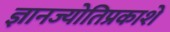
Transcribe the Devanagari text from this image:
ज्ञानज्योतिप्रकाशे